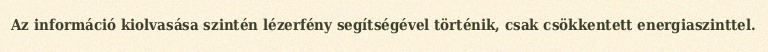
Az információ kiolvasása szintén lézerfény segítségével történik, csak csökkentett energiaszinttel.